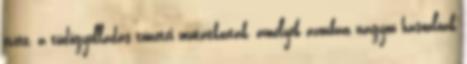
evett, a tüdőgyulladás tünetei mutatkoztak, amelyek azonban nagyon hasonlóak